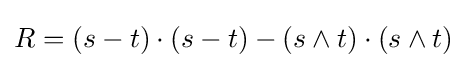
R=(s-t)\cdot (s-t)-(s\wedge t)\cdot (s\wedge t)